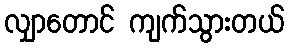
လျှာတောင် ကျက်သွားတယ်